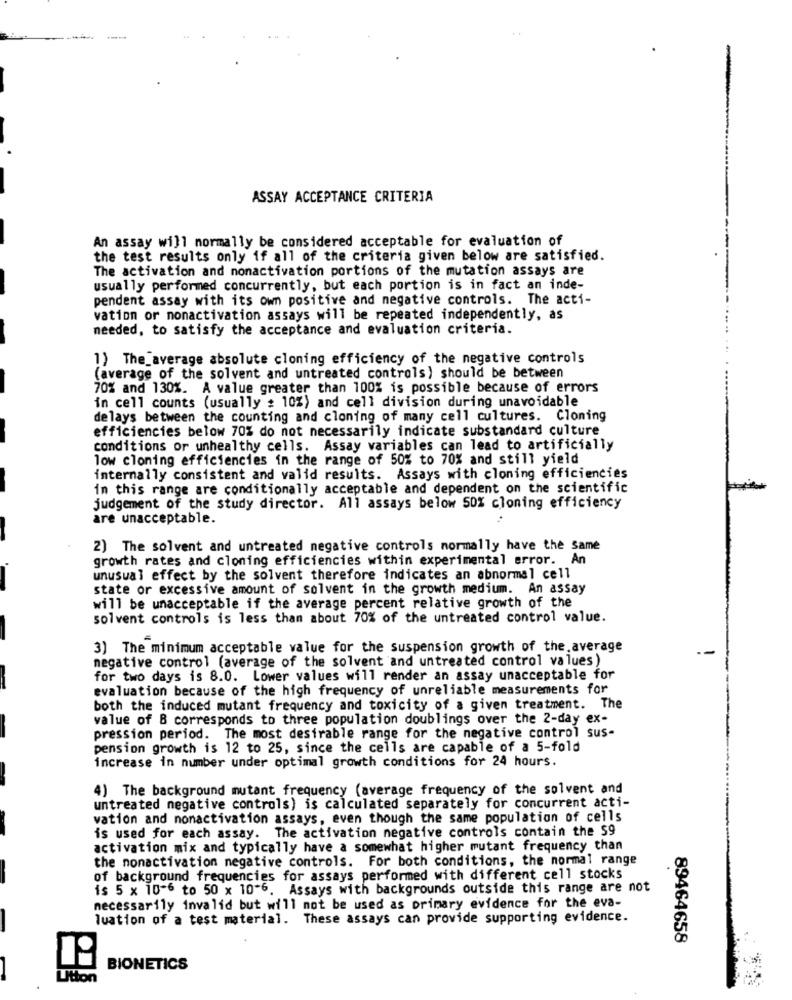
ASSAY ACCEPTANCE CRITERIA
An assay will normally be considered acceptable for evaluation of
the test results only if all of the criteria given below are satisfied.
The activation and nonactivation portions of the mutation assays are
usually performed concurrently, but each portion is in fact an inde-
pendent assay with its own positive and negative controls. The acti-
vation or nonactivation assays will be repeated independently, as
needed, to satisfy the acceptance and evaluation criteria.
1) The_average absolute cloning efficiency of the negative controls
(average of the solvent and untreated controls) should be between
70% and 130%. A value greater than 100% is possible because of errors
in cell counts (usually : 10%) and cell division during unavoidable
delays between the counting and cloning of many cell cultures. Cloning
efficiencies below 70% do not necessarily indicate substandard culture
conditions or unhealthy cells. Assay variables can lead to artificially
low cloning efficiencies in the range of 50% to 70% and still yield
internally consistent and valid results. Assays with cloning efficiencies
in this range are conditionally acceptable and dependent on the scientific
judgement of the study director. All assays below 50% cloning efficiency
are unacceptable.
2) The solvent and untreated negative controls normally have the same
growth rates and cloning efficiencies within experimental error. An
unusual effect by the solvent therefore indicates an abnormal cell
state or excessive amount of solvent in the growth medium. An assay
will be unacceptable if the average percent relative growth of the
solvent controls is less than about 70% of the untreated control value.
3) The minimum acceptable value for the suspension growth of the average
.-
negative control (average of the solvent and untreated control values)
for two days is 8.0. Lower values will render an assay unacceptable for
evaluation because of the high frequency of unreliable measurements for
both the induced mutant frequency and toxicity of a given treatment. The
value of B corresponds to three population doublings over the 2-day ex-
pression period. The most desirable range for the negative control sus-
pension growth is 12 to 25, since the cells are capable of a 5-fold
increase in number under optimal growth conditions for 24 hours.
4) The background mutant frequency (average frequency of the solvent and
untreated negative controls) is calculated separately for concurrent acti-
vation and nonactivation assays, even though the same population of cells
is used for each assay. The activation negative controls contain the $9
activation mix and typically have a somewhat higher mutant frequency than
the nonactivation negative controls. For both conditions, the normal range
of background frequencies for assays performed with different cell stocks
is 5 x 10-6 to 50 x 10"6. Assays with backgrounds outside this range are not
necessarily invalid but will not be used as primary evidence for the eva-
Tuation of a test material. These assays can provide supporting evidence.
89464658
BIONETICS
Uitton